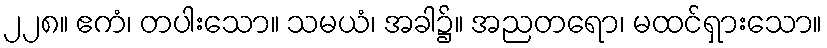
၂၂၈။ ဧကံ၊ တပါးသော။ သမယံ၊ အခါ၌။ အညတရော၊ မထင်ရှားသော။